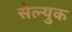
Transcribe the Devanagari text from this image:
सेल्युक